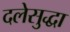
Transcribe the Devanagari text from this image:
दलेसुद्धा